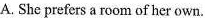
A. She prefers a room of her own.